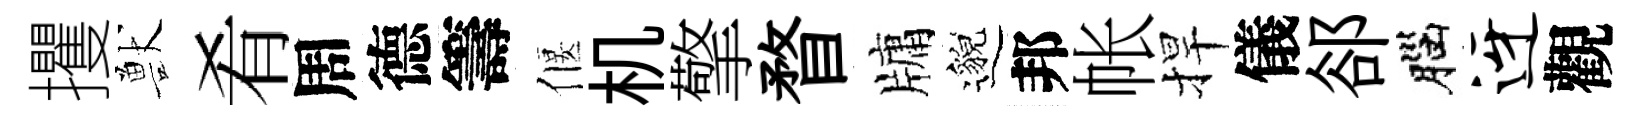
攫獸肴周德籌偃机擎瞀牗邈邦帐捍儀郤腦迓觀